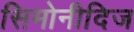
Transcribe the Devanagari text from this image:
सिमोनीदिज